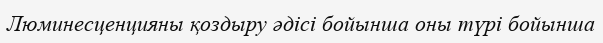
Люминесценцияны қоздыру әдісі бойынша оны түрі бойынша